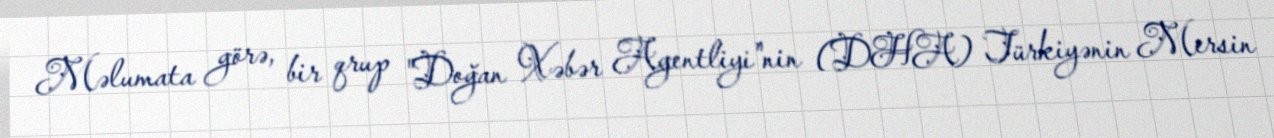
Məlumata görə, bir qrup "Doğan Xəbər Agentliyi"nin (DHA) Türkiyənin Mersin